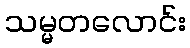
သမ္မတလောင်း